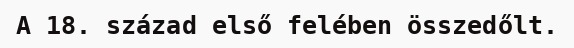
A 18. század első felében összedőlt.